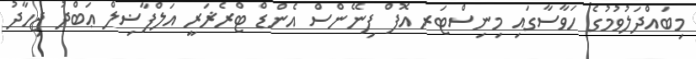
މިބައްދަލުވުމުގެ ހަވާސާގައި މިނިސްޓަރ އޮފް ފިނޭންސް އެންޑް ޓްރެޜަރީ އަލްފާޟިލް ޢަބްދު ޖިހާދު